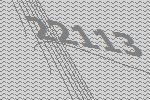
22113